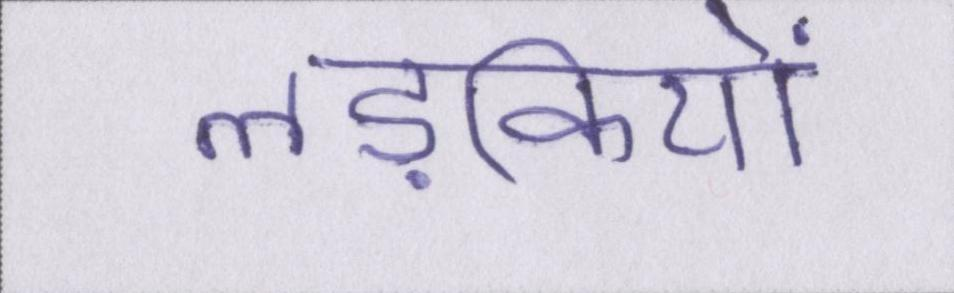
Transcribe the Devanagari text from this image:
लड़कियों